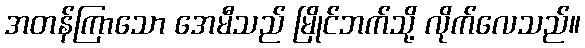
အတန်ကြာသော အေမီသည် မြိုင်ဘက်သို့ လိုက်လေသည်။